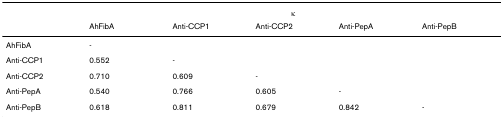
|  | <COLSPAN=5> κ |
 |  | AhFibA | Anti-CCP1 | Anti-CCP2 | Anti-PepA | Anti-PepB |
 | --- | --- | --- | --- | --- | --- |
 | AhFibA | - |  |  |  |  |
 | Anti-CCP1 | 0.552 | - |  |  |  |
 | Anti-CCP2 | 0.710 | 0.609 | - |  |  |
 | Anti-PepA | 0.540 | 0.766 | 0.605 | - |  |
 | Anti-PepB | 0.618 | 0.811 | 0.679 | 0.842 | - |